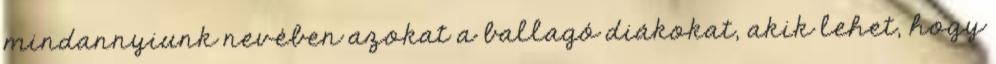
mindannyiunk nevében azokat a ballagó diákokat, akik lehet, hogy